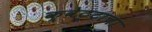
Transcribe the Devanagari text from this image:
क्वेट्टाचा